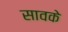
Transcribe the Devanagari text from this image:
सावके